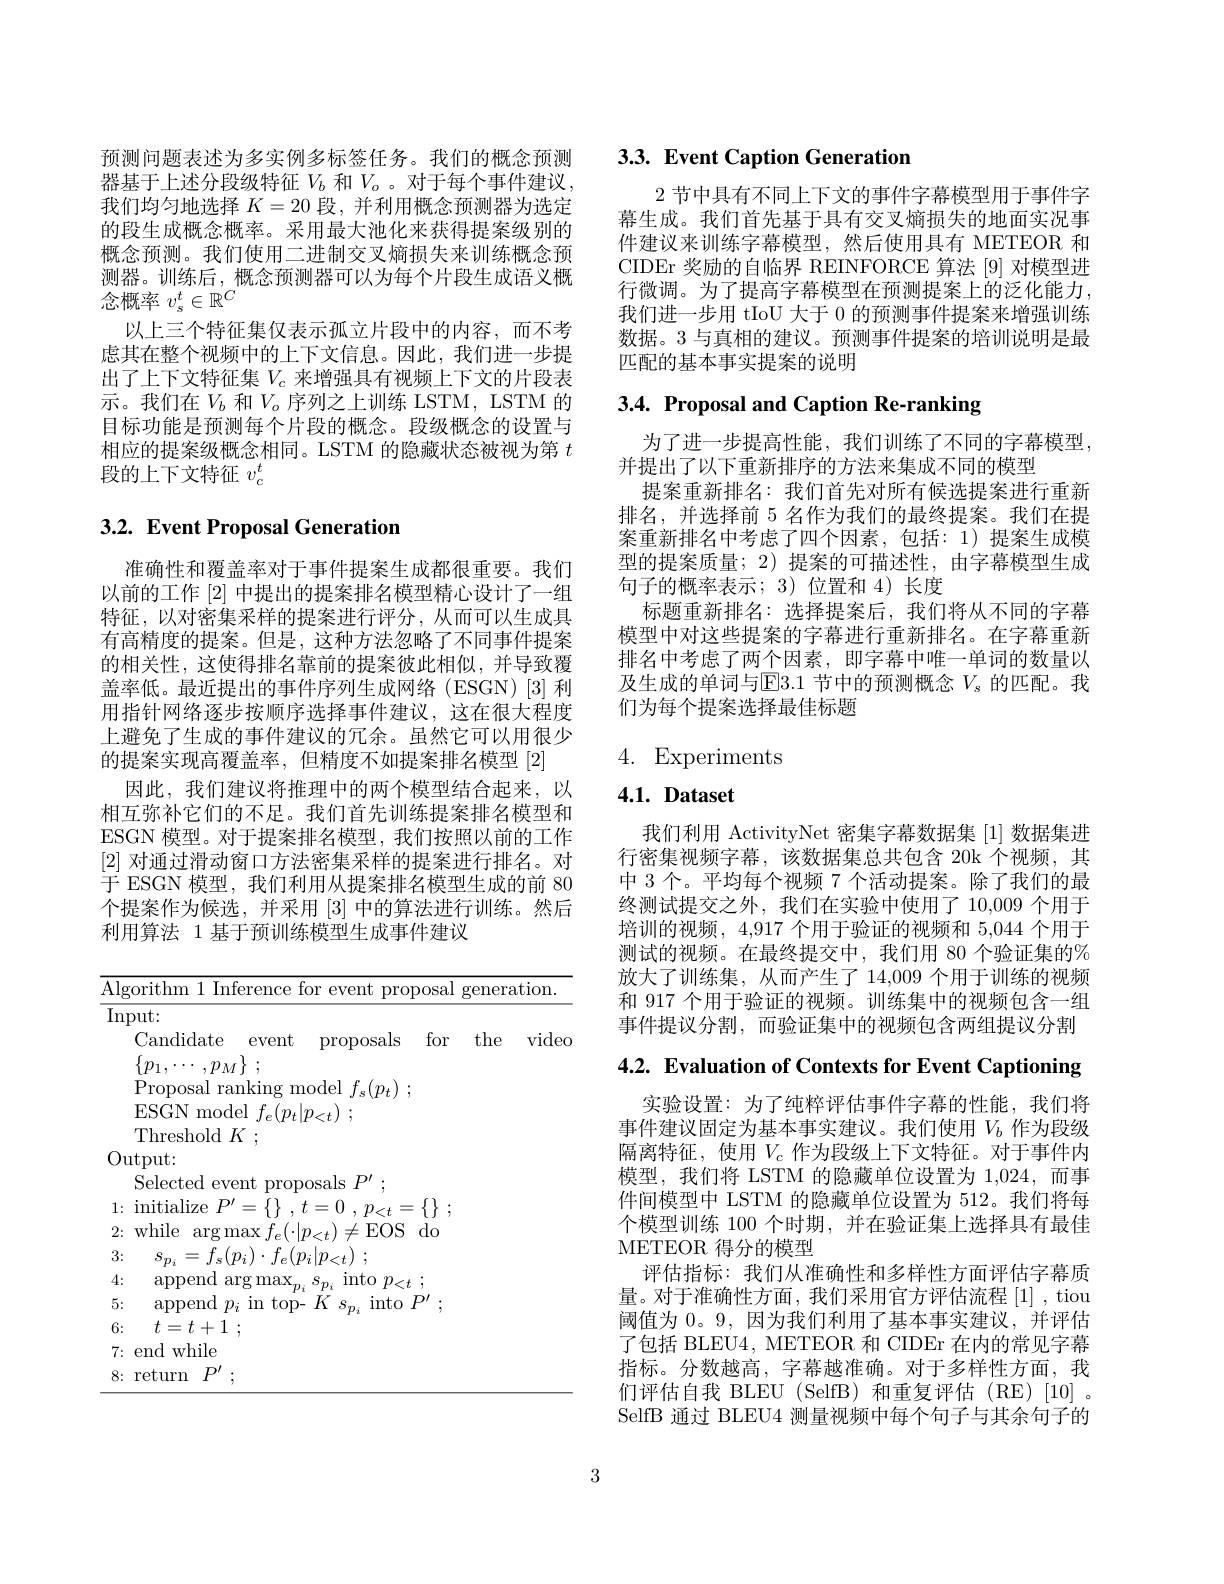
预测问题表述为多实例多标签任务。我们的概念预测器基于上述分段级特征$V_b$和$V_o$ 。对于每个事件建议我们均匀地选择$K=20$段，并利用概念预测器为选定的段生成概念概率。采用最大池化来获得提案级别的概念预测。我们使用二进制交叉熵损失来训练概念预测器。训练后，概念预测器可以为每个片段生成语义概念概率$v_\mathrm{s}^t\in\mathbb{R}^C$
以上三个特征集仅表示孤立片段中的内容，而不考虑其在整个视频中的上下文信息。因此，我们进一步提出了上下文特征集$V_c$来增强具有视频上下文的片段表示。我们在$V_b$和$V_o$序列之上训练 LSTM, LSTM 的目标功能是预测每个片段的概念。段级概念的设置与相应的提案级概念相同。LSTM 的隐藏状态被视为第$t$ 段的上下文特征$v_c^t$

## 3.2. Event Proposal Generation

准确性和覆盖率对于事件提案生成都很重要。我们以前的工作[2]中提出的提案排名模型精心设计了一组特征，以对密集采样的提案进行评分，从而可以生成具有高精度的提案。但是，这种方法忽略了不同事件提案的相关性，这使得排名靠前的提案彼此相似，并导致覆盖率低。最近提出的事件序列生成网络(ESGN)[3]利用指针网络逐步按顺序选择事件建议，这在很大程度上避免了生成的事件建议的冗余。虽然它可以用很少的提案实现高覆盖率，但精度不如提案排名模型[2]
因此，我们建议将推理中的两个模型结合起来，以相互弥补它们的不足。我们首先训练提案排名模型和ESGN 模型。对于提案排名模型，我们按照以前的工作[2]对通过滑动窗口方法密集采样的提案进行排名。对于 ESGN 模型，我们利用从提案排名模型生成的前 80个提案作为候选，并采用[3]中的算法进行训练。然后利用算法 1 基于预训练模型生成事件建议

<table>
	<tbody>
		<tr>
			<th>$\overline{\mathrm{Alg}}$ $g$ </th>
			<th>gorithm 1 Inference for event proposa</th>
			<th>oposal</th>
			<th>genere</th>
			<th>tion. </th>
		</tr>
		<tr>
			<td>$\overline{\mathrm{In}}$</td>
			<td>nput:</td>
			<td> </td>
			<td> </td>
			<td> </td>
		</tr>
		<tr>
			<td> </td>
			<td>Candidate for event proposals</td>
			<td>for</td>
			<td>the</td>
			<td>video</td>
		</tr>
		<tr>
			<td> </td>
			<td> </td>
			<td> </td>
			<td> </td>
			<td> </td>
		</tr>
		<tr>
			<td> </td>
			<td>Proposal ranking model $f_{n}(\eta_{t})$</td>
			<td> </td>
			<td> </td>
			<td> </td>
		</tr>
		<tr>
			<td> </td>
			<td>ESGN model $f_{e}$ $.(n,|n.$ $\therefore\angle AC=\angle AC$</td>
			<td> </td>
			<td> </td>
			<td> </td>
		</tr>
		<tr>
			<td> </td>
			<td>$\mathop{\mathrm{Threshold~}}K$</td>
			<td> </td>
			<td> </td>
			<td> </td>
		</tr>
		<tr>
			<td>(0 1</td>
			<td>${\mathrm{utput:}}$</td>
			<td> </td>
			<td> </td>
			<td> </td>
		</tr>
		<tr>
			<td> </td>
			<td>Selected event proposals $\therefore P^{\prime}$</td>
			<td> </td>
			<td> </td>
			<td> </td>
		</tr>
		<tr>
			<td>1:</td>
			<td>$\operatorname{initialize}P^{\prime}=$ =0 , $p_{< t}$ = $:\{\}$ $t=$ $t=$ </td>
			<td>$\{\}$ 二 1 - - 1 1 7</td>
			<td> </td>
			<td> </td>
		</tr>
		<tr>
			<td>2:</td>
			<td>{:} while $(\cdot|p_{<t})\neq$EOSdo $\arg\max$</td>
			<td>$do$ 1 1</td>
			<td> </td>
			<td> </td>
		</tr>
		<tr>
			<td>3: </td>
			<td>$s_{p_{i}}= f_{s}( p_{i}) \cdot f_{e}( p_{i}| p_{< t})$ ;</td>
			<td> </td>
			<td> </td>
			<td> </td>
		</tr>
		<tr>
			<td>4:</td>
			<td>append arg max into $p_{< t}$ ; $TD$</td>
			<td>$:t$ 1</td>
			<td> </td>
			<td> </td>
		</tr>
		<tr>
			<td>5:</td>
			<td>append $p_{i}$ in top- $-K$ $\operatorname{into}P^{\prime}$ $S_{T}$</td>
			<td>$P'$ ,</td>
			<td> </td>
			<td> </td>
		</tr>
		<tr>
			<td>6:</td>
			<td>$t= t+ 1$ ;</td>
			<td> </td>
			<td> </td>
			<td> </td>
		</tr>
		<tr>
			<td>7:</td>
			<td>: end while</td>
			<td> </td>
			<td> </td>
			<td> </td>
		</tr>
		<tr>
			<td>8:</td>
			<td>s: return 1111</td>
			<td> </td>
			<td> </td>
			<td> </td>
		</tr>
	</tbody>
</table>

# 3.3. Event Caption Generation

2节中具有不同上下文的事件字幕模型用于事件字幕生成。我们首先基于具有交叉熵损失的地面实况事件建议来训练字幕模型，然后使用具有 METEOR 和CIDEr 奖励的自临界 REINFORCE 算法 [9] 对模型进行微调。为了提高字幕模型在预测提案上的泛化能力， 我们进一步用 tIoU 大于 0 的预测事件提案来增强训练数据。3 与真相的建议。预测事件提案的培训说明是最匹配的基本事实提案的说明

# 3.4. Proposal and Caption Re-ranking

为了进一步提高性能，我们训练了不同的字幕模型，
并提出了以下重新排序的方法来集成不同的模型
提案重新排名：我们首先对所有候选提案进行重新排名，并选择前 5 名作为我们的最终提案。我们在提案重新排名中考虑了四个因素，包括：1) 提案生成模型的提案质量；2) 提案的可描述性，由字幕模型生成句子的概率表示；3)位置和 4)长度
标题重新排名：选择提案后，我们将从不同的字幕模型中对这些提案的字幕进行重新排名。在字幕重新排名中考虑了两个因素，即字幕中唯一单词的数量以及生成的单词与E3.1节中的预测概念$V_s$的匹配。我们为每个提案选择最佳标题

# 4. Experiments

# $4. 1. \textbf{Dataset}$

我们利用 ActivityNet 密集字幕数据集 [1] 数据集进行密集视频字幕，该数据集总共包含 20k 个视频，其中 3 个。平均每个视频 7 个活动提案。除了我们的最终测试提交之外，我们在实验中使用了 10,009 个用于培训的视频，4,917 个用于验证的视频和 5,044 个用于测试的视频。在最终提交中，我们用 80 个验证集的% 放大了训练集，从而产生了 14,009 个用于训练的视频和 917 个用于验证的视频。训练集中的视频包含一组事件提议分割，而验证集中的视频包含两组提议分割

4.2. Evaluation of Contexts for Event Captioning

实验设置：为了纯粹评估事件字幕的性能，我们将事件建议固定为基本事实建议。我们使用$V_b$作为段级隔离特征，使用$V_c$作为段级上下文特征。对于事件内模型，我们将 LSTM 的隐藏单位设置为 1,024,而事件间模型中 LSTM 的隐藏单位设置为 512。我们将每个模型训练 100 个时期，并在验证集上选择具有最佳METEOR 得分的模型
评估指标：我们从准确性和多样性方面评估字幕质量。对于准确性方面，我们采用官方评估流程[1],tiou 阈值为0。9,因为我们利用了基本事实建议，并评估了包括 BLEU4, METEOR 和 CIDEr 在内的常见字幕指标。分数越高，字幕越准确。对于多样性方面，我们评估自我 BLEU (SelfB) 和重复评估(RE)[10] 。SelfB 通过 BLEU4 测量视频中每个句子与其余句子的

3